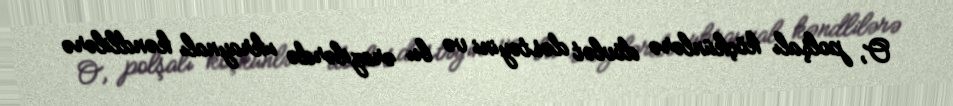
O, polşalı köçkünlərə dövlət dəstəyini və bu ərazilərdə ukraynalı kəndlilərə